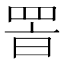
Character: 𦊸